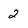
Character: 2